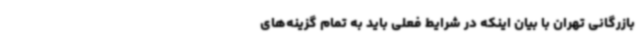
بازرگانی تهران با بیان اینکه در شرایط فعلی باید به تمام گزینه‌های